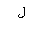
Letter: _lam